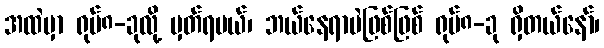
အထဲမှာ ရုပ်၈-ခုလို့ မှတ်ရမယ်၊ ဘယ်နေရာပဲဖြစ်ဖြစ် ရုပ်၈-ခု ရှိတယ်နော်၊